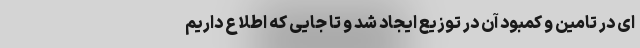
ای در تامین و کمبود آن در توزیع ایجاد شد و تا جایی که اطلاع داریم